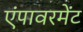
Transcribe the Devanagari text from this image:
एंपावरमेंट